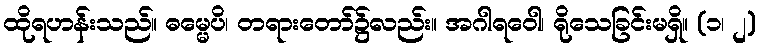
ထိုရဟန်းသည်။ ဓမ္မေပိ၊ တရားတော်၌လည်း။ အဂါရဝေါ၊ ရိုသေခြင်းမရှိ။ (၁၊ ၂)